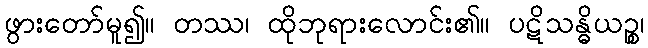
ဖွားတော်မူ၍။ တဿ၊ ထိုဘုရားလောင်း၏။ ပဋိသန္ဓိယဉ္စ၊